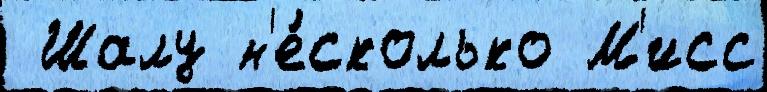
 Шалу н'е́сколько М'исс